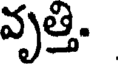
వృత్తి.